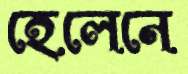
হেলেনে